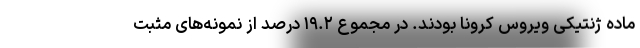
ماده ژنتیکی ویروس کرونا بودند. در مجموع ۱۹.۲ درصد از نمونه‌های مثبت